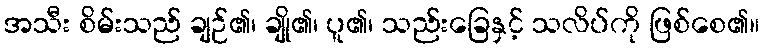
အသီး စိမ်းသည် ချဉ်၏၊ ချို၏၊ ပူ၏၊ သည်းခြေနှင့် သလိပ်ကို ဖြစ်စေ၏။